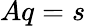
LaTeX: Aq=s